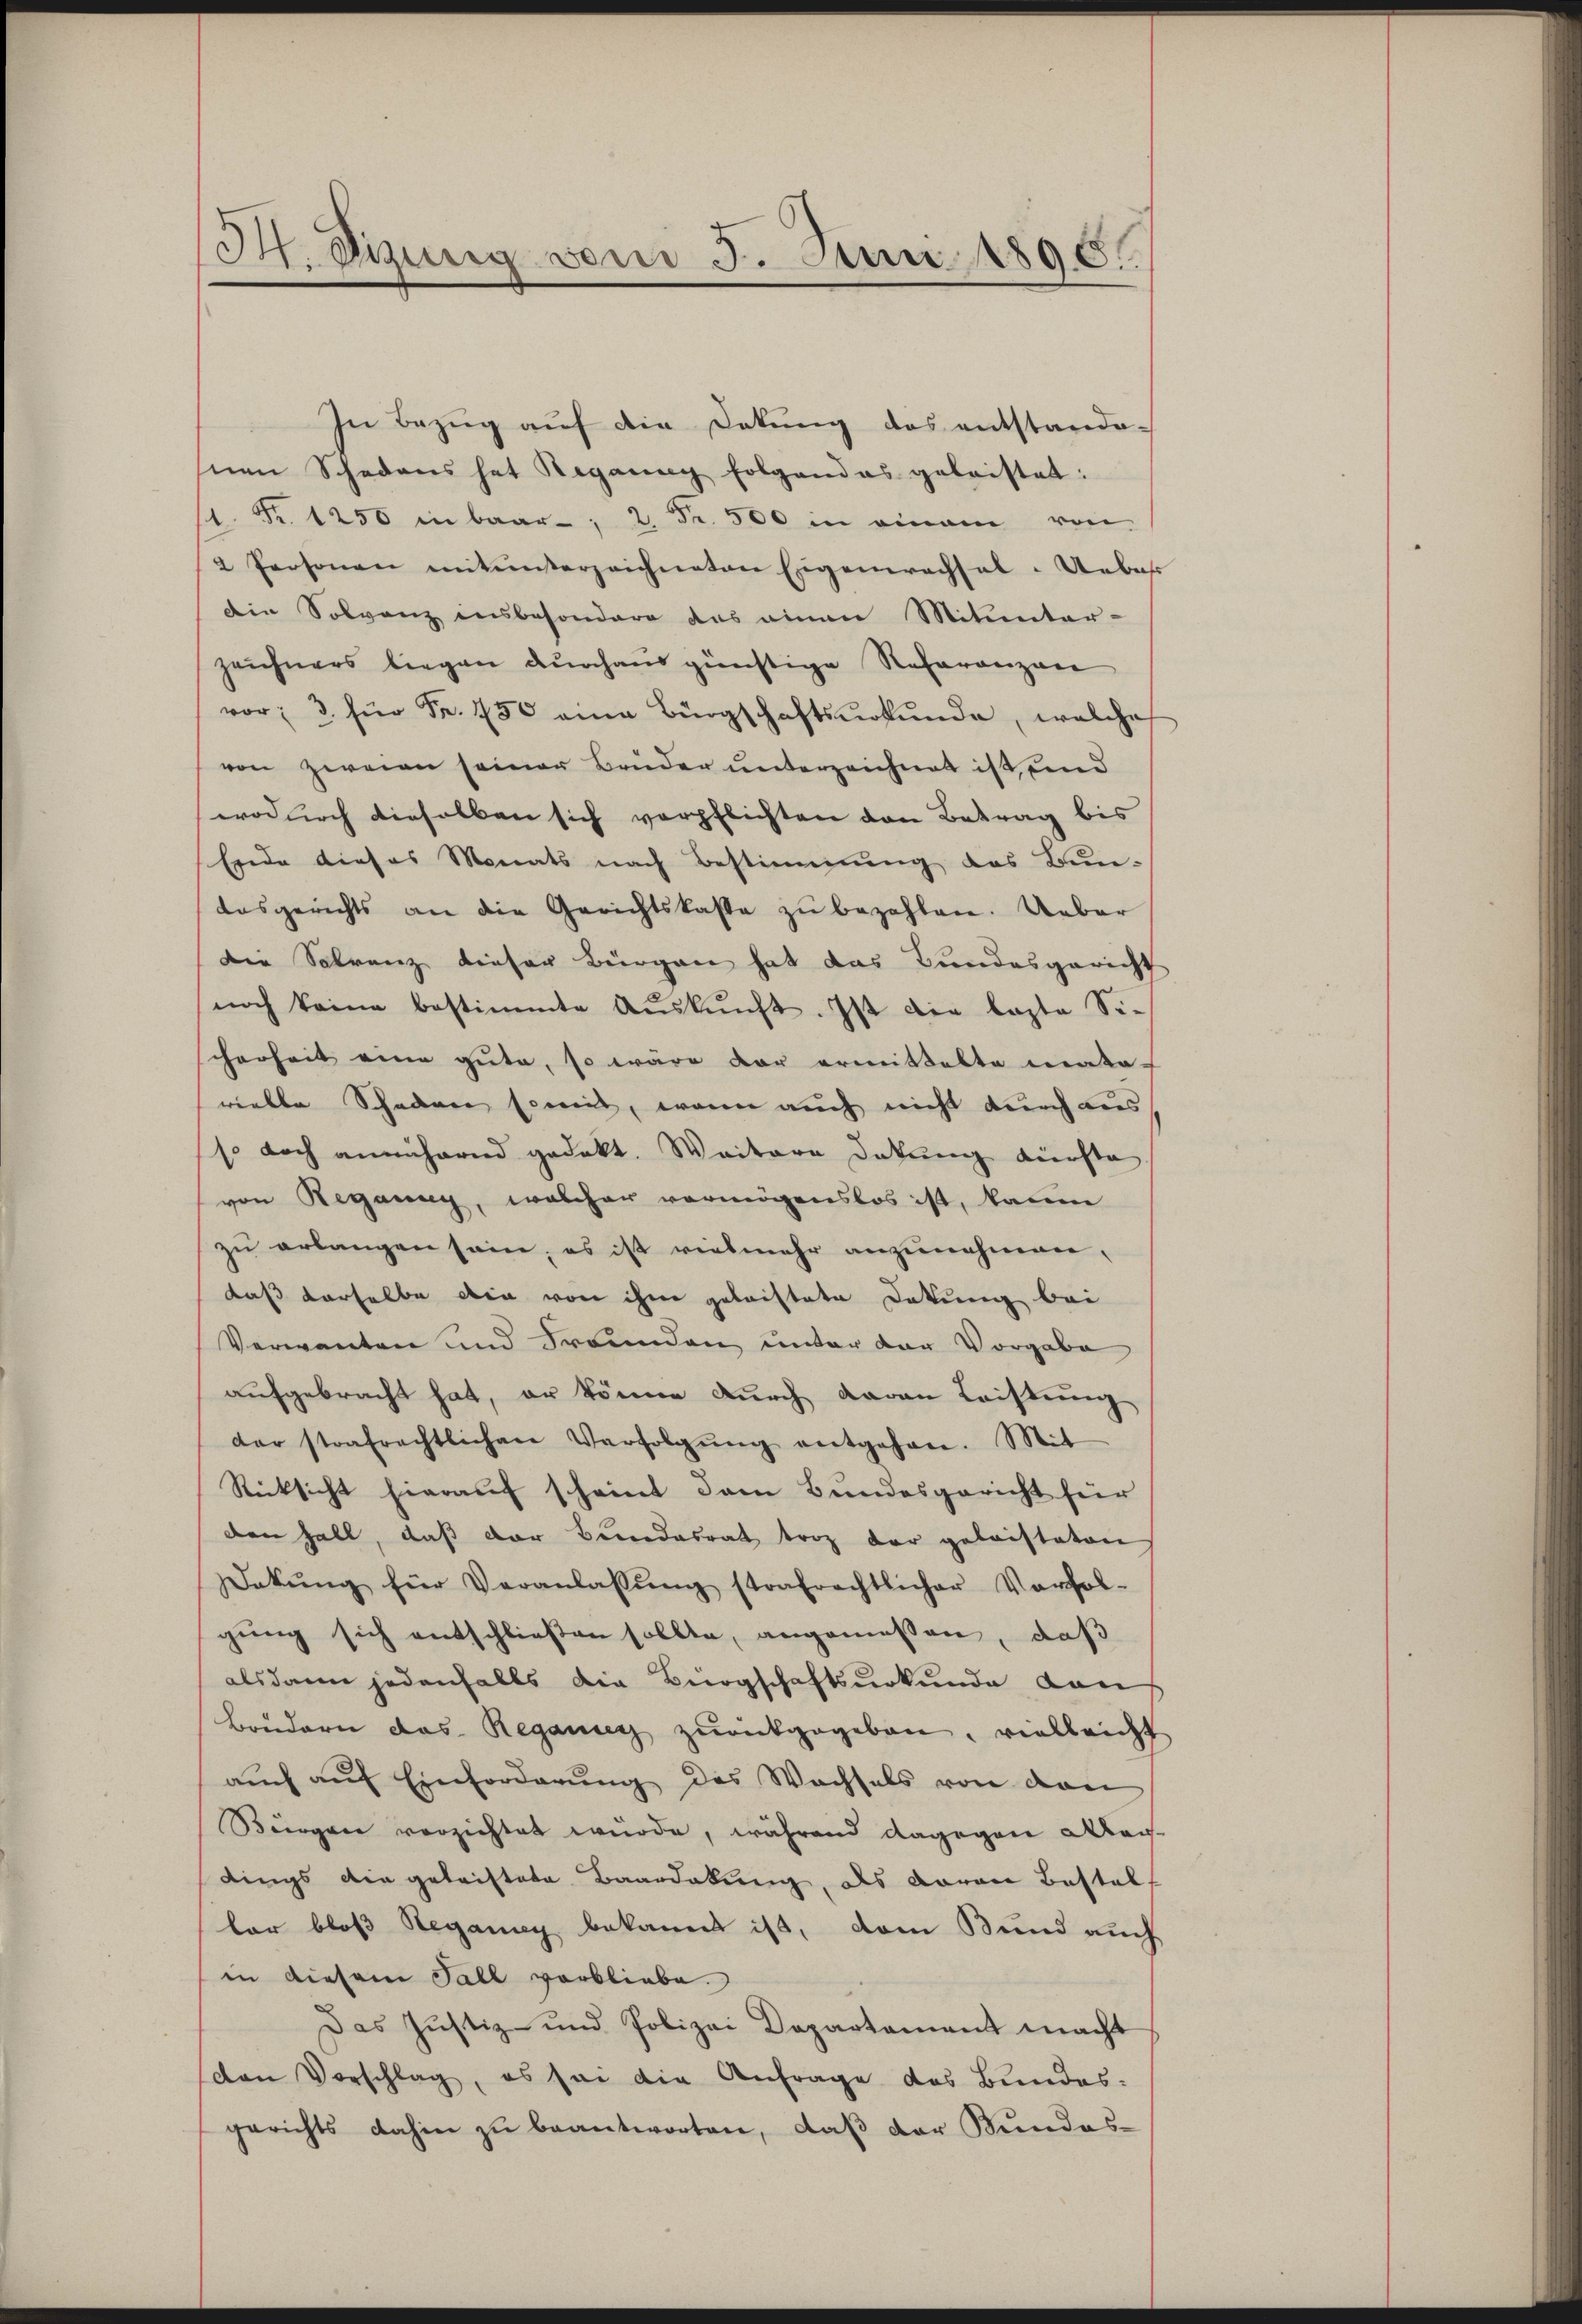
H. Sizung vom 5. Juni 1890.

In Bezŭg aŭf die Dekŭng des entstande-
nen Schadens hat Regang folgendes geleistet:
l. Fr. 1250 in baar, 2. Fr. 500 in einam von
2 Personen miteinterzeichneten Eigenwachsel. Ueber
Ain Solvanz insbesondere das einen Mitunter-
zeichners liegen durchaus günstige Referanzan
vor; 3. für Fr. 750 eine Bürgschaftsŭrkŭnde, welche
von zweien seiner Bruder unterzeichnet ist und
wodurch dieselben sich verpflichten den Betrag bis
Ende dieses Monats nach Bestimmung des Bun-
aasgerichts an die Gerichtskasse zŭ bezahlen. Ueber
Die Serenz dieser Bürgen hat das Bundesgericht
noch keine bestimmte Aŭskŭnft. Ist die laste Si-
cherheit eine gute, so wäre der ermittelte meaka-
vielle Schaden scrit, wenn auch nicht durch aus
so doch annähernd gedekt. Weitere Datung fürste
von Reganny, welcher vermögenslos ist, kaum
zu erlangen sein, es ist vielmehr anzunehmen,
daß derselbe die von ihre geleistete Dokung bei
Verwanten und Freunden unter der Vorgabe
aufgebracht hat, er könne durch davon Leistung
der strafrechtlichen Verfolgŭng entgehen. Mit
Rücksicht hierauf scheint dem Bundesgericht für
den halt, daß der Bundesrat trag der geleisteten
ekŭng für Veranlassŭng strafrechtlicher Verfol-
gung sich entschließen sollte, angemessen, daß
alsdann jedenfalls die Bürgschaftsurkunde dan
Brudern das Regang zŭrückgegeben, vielleicht
aŭch aŭf Einforderŭng des Wachsels von den
Bürger verzichtet wurde, während dagegen Man-
dings die geleistete Baardakung, als davon Bestalt
lar bloß Steganny bekannt ist, dem Bund auch
in diesem Fall verbliebe.
Das Justiz- und Polizei Departement macht
den Vorschlag, es sei die Anfrage des Bundes-
gerichts dahin zu beantworten, daß der Bundes-